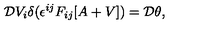
{ \cal D } V _ { i } \delta ( \epsilon ^ { i j } F _ { i j } [ A + V ] ) = { \cal D } \theta ,